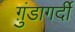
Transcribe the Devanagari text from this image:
ग़ुंडागर्दी